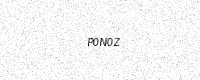
Text: P0N0Z